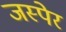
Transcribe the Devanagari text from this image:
जस्पेर